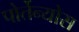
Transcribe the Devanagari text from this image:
पोर्तेन्योस